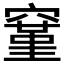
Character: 𬔐